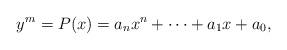
LaTeX: \begin{align*}y^m = P(x) = a_n x^n + \dots + a_1 x + a_0,\end{align*}